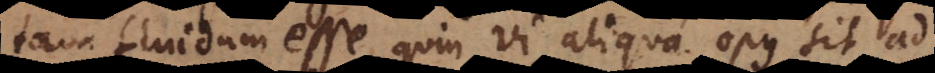
tam fluidum esse, quin vi aliqua opus sit ad